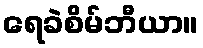
ရေခဲစိမ်ဘီယာ။